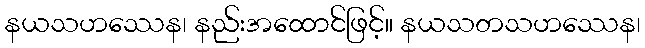
နယသဟဿေန၊ နည်းအထောင်ဖြင့်။ နယသတသဟဿေန၊